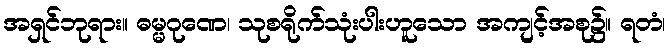
အရှင်ဘုရား။ ဓမ္မဂုဏေ၊ သုစရိုက်သုံးပါးဟူသော အကျင့်အစု၌။ ရတံ၊